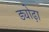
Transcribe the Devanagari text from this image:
ड्योढ़ा